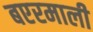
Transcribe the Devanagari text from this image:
बएरमाली